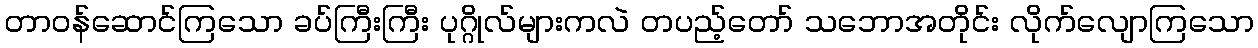
တာဝန်ဆောင်ကြသော ခပ်ကြီးကြီး ပုဂ္ဂိုလ်များကလဲ တပည့်တော် သဘောအတိုင်း လိုက်လျောကြသော